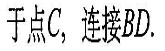
于点C，连接BD.